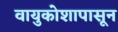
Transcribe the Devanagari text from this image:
वायुकोशापासून